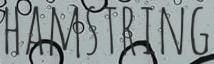
HAMSTRING